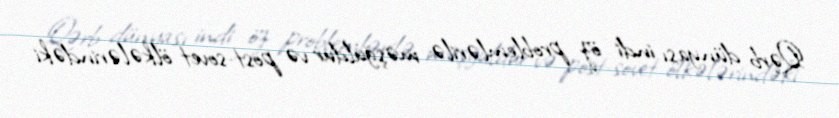
Qərb dünyası indi öz problemlərilə məşğuldur və post-sovet ölkələrindəki